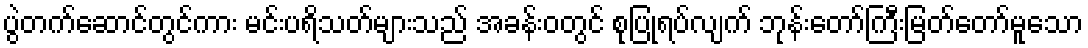
ပွဲတက်ဆောင်တွင်ကား မင်းပရိသတ်များသည် အခန်းဝတွင် စုပြုံရပ်လျက် ဘုန်းတော်ကြီးမြတ်တော်မူသော